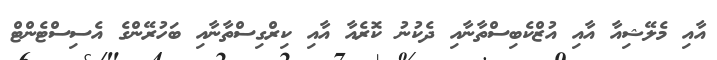
އާއި މެލޭޝިއާ އާއި އުޒްކެބިސްތާނާއި ދެކުނު ކޮރެއާ އާއި ކިރްގިސްތާނާއި ބަހުރޭންގެ އެސިސްޓެންޓް